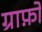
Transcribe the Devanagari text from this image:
ग्राफ़ों